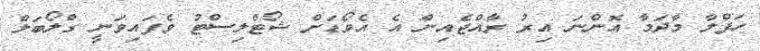
ހަފްލާ މާދަމާ އޮންނަ އިރު ރާއްޖެއިން އެ އެވޯޑަށް ޝޯޓްލިސްޓު ވެފައިވަނީ ގްލޯބަލް